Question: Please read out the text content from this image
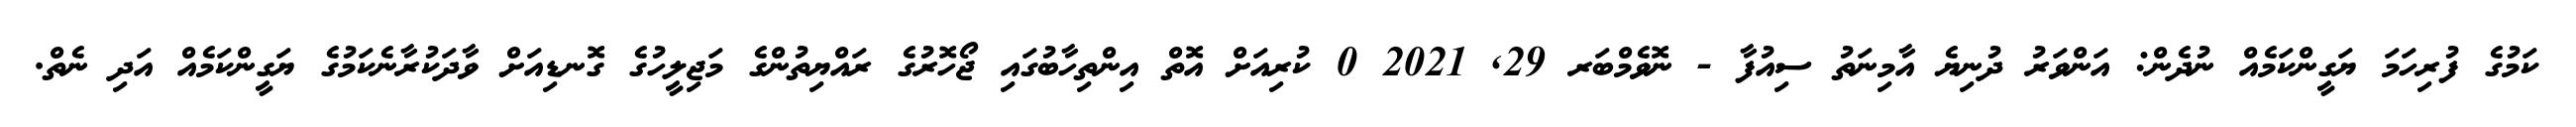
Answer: ކަމުގެ ފުރިހަމަ ޔަގީންކަމެއް ނުދެން: އަންވަރު ދުނިޔެ އާމިނަތު ސިއުފާ - ނޮވެމްބަރ 29, 2021 0 ކުރިއަށް އޮތް އިންތިހާބުގައި ޖޯހޮރުގެ ރައްޔިތުންގެ މަޖިލީހުގެ ގޮނޑިއަށް ވާދަކުރާނެކަމުގެ ޔަގީންކަމެއް އަދި ނެތް.